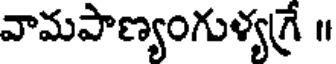
వామపాణ్యంగుళ్యగ్రే ॥